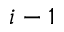
i - 1